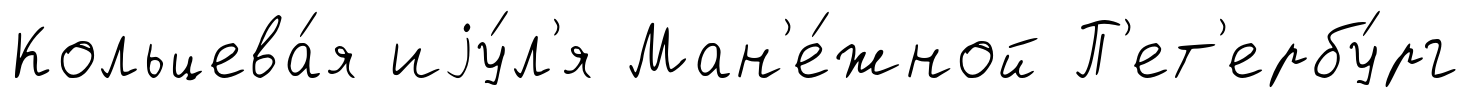
Кольцева́я иjу́л'я Ман'е́жной П'ет'ербу́рг